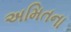
અમિતના